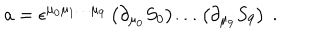
a = \epsilon ^ { \mu _ { 0 } \mu _ { 1 } \dots \mu _ { 9 } } \left( \partial _ { \mu _ { 0 } } S _ { 0 } \right) \dots \left( \partial _ { \mu _ { 9 } } S _ { 9 } \right) \ .